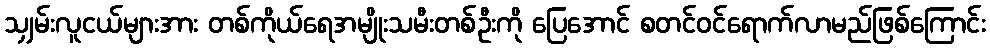
သျှမ်းလူငယ်များအား တစ်ကိုယ်ရေအမျိုးသမီးတစ်ဦးကို ပြေအောင် စတင်ဝင်ရောက်လာမည်ဖြစ်ကြောင်း